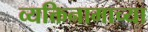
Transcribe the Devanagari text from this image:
व्यक्तिनामाच्या